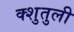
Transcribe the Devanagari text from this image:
क्शुतुली